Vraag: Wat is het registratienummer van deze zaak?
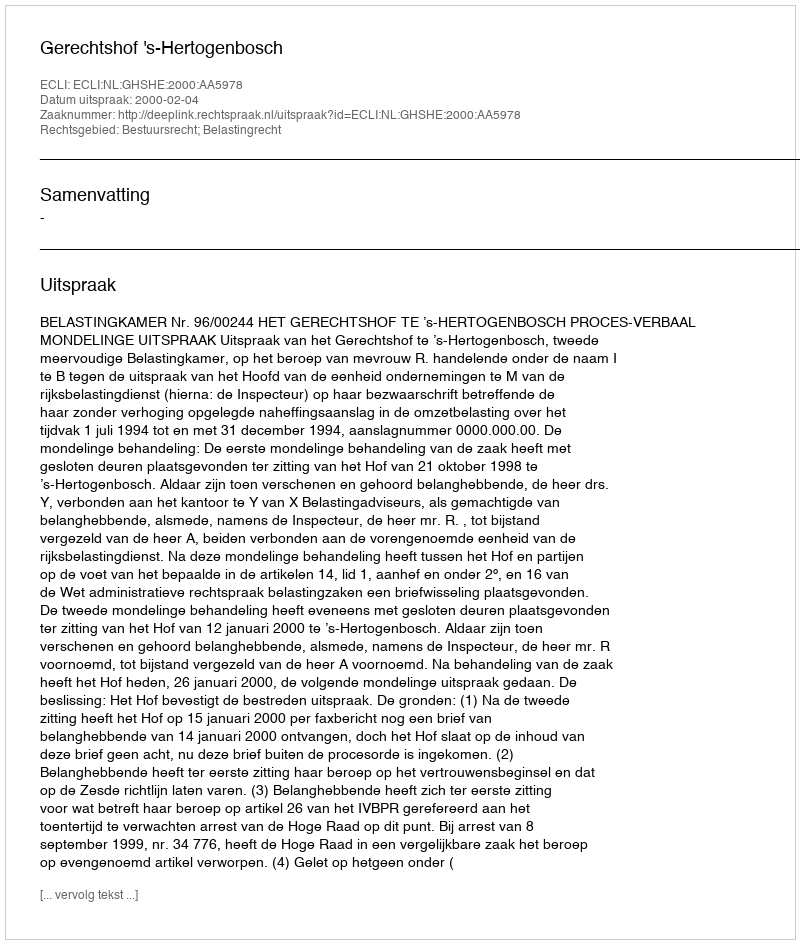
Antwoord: http://deeplink.rechtspraak.nl/uitspraak?id=ECLI:NL:GHSHE:2000:AA5978